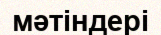
мәтіндері